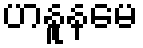
ဟနူနမေ